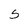
Character: 5